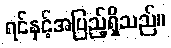
ရင်နှင့်အပြည့်ရှိသည်။